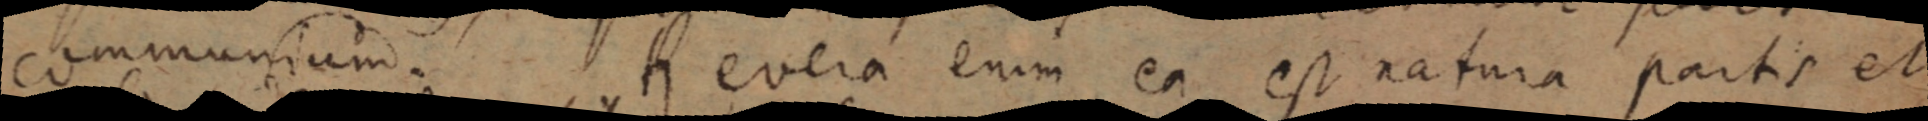
communium. Revera enim ea est natura partis et